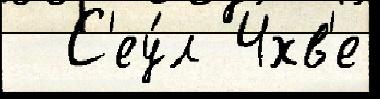
  С'еу́л Чхв'е